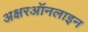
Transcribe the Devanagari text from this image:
अक्षरऑनलाइन